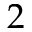
2